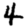
Digit: 4